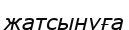
жатсынуға